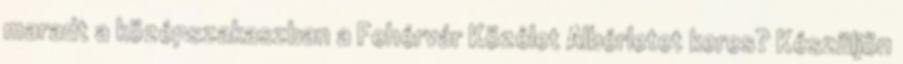
maradt a középszakaszban a Fehérvár Közélet Albérletet keres? Készüljön